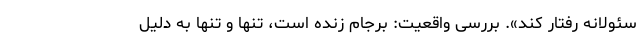
سئولانه رفتار کند». بررسی واقعیت: برجام زنده است، تنها و تنها به دلیل